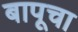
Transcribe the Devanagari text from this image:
बापूचा